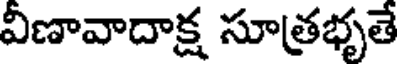
విణావాదాక్ష సూత్రభృతే